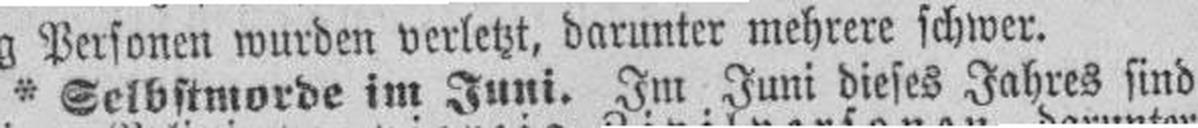
* Selbstmorde im Juni. Im Juni dieses Jahres sind